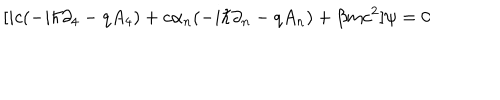
\lbrack i c ( - i \hbar \partial _ { 4 } - q A _ { 4 } ) + c \alpha _ { n } ( - i \hbar \partial _ { n } - q A _ { n } ) + \beta m c ^ { 2 } ] \psi = 0